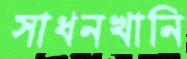
সাধনখানি